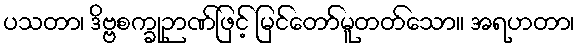
ပသတာ၊ ဒိဗ္ဗစက္ခုဉာဏ်ဖြင့် မြင်တော်မူတတ်သော။ အရဟတာ၊